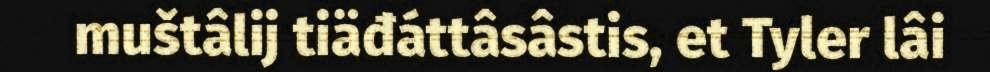
muštâlij tiäđáttâsâstis, et Tyler lâi